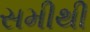
સમીથી